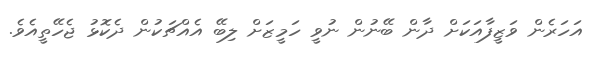
އަހަރެން ވަޒީފާއަކަށް ދާން ބޭނުން ނުވީ ހަމީޒަށް ލިބޭ އެއްޗަކުން ދެކޮޅު ޖެހޭތީއެވެ.